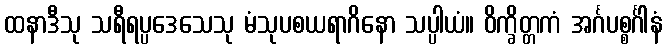
ထနာဒီသု သရီရပ္ပဒေသေသု မံသုပစယရာဂိနော သပ္ပါယံ။ ဝိက္ခိတ္တကံ အင်္ဂပစ္စင်္ဂါနံ